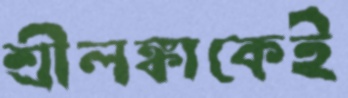
শ্রীলঙ্কাকেই